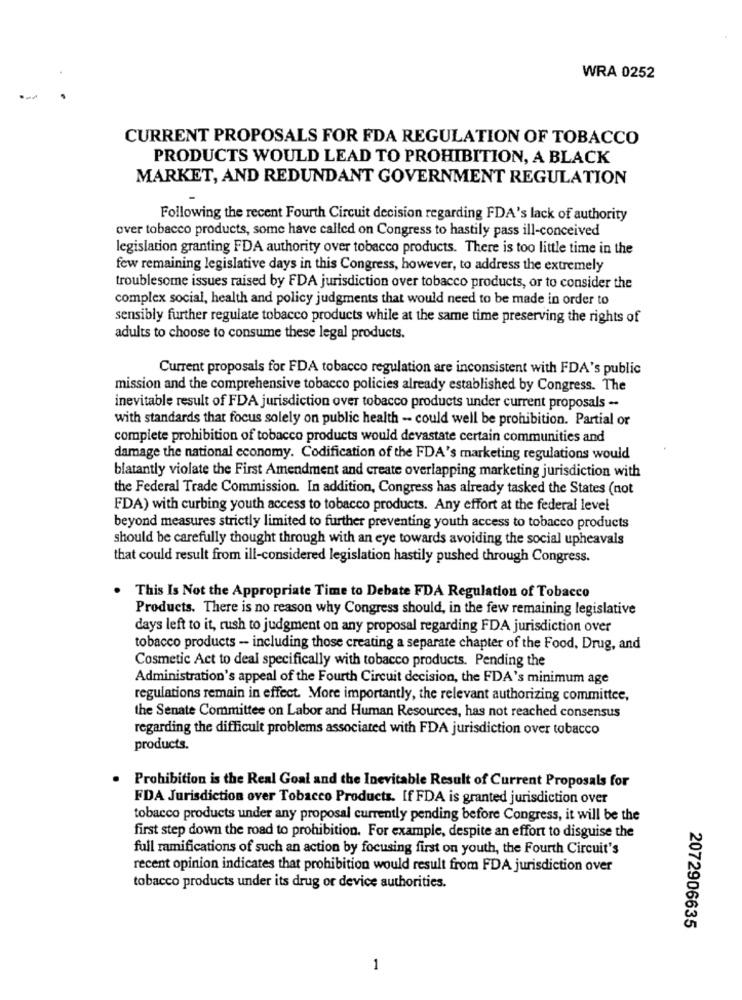
WRA 0252
CURRENT PROPOSALS FOR FDA REGULATION OF TOBACCO
PRODUCTS WOULD LEAD TO PROHIBITION, A BLACK
MARKET, AND REDUNDANT GOVERNMENT REGULATION
Following the recent Fourth Circuit decision regarding FDA's lack of authority
over tobacco products, some have called on Congress to hastily pass ill-conceived
legislation granting FDA authority over tobacco products. There is too little time in the
few remaining legislative days in this Congress, however, to address the extremely
troublesome issues raised by FDA jurisdiction over tobacco products, or to consider the
complex social, health and policy judgments that would need to be made in order to
sensibly further regulate tobacco products while at the same time preserving the rights of
adults to choose to consume these legal products.
Current proposals for FDA tobacco regulation are inconsistent with FDA's public
mission and the comprehensive tobacco policies already established by Congress. The
inevitable result of FDA jurisdiction over tobacco products under current proposals -
with standards that focus solely on public health - could well be prohibition. Partial or
complete prohibition of tobacco products would devastate certain communities and
damage the national economy. Codification of the FDA's marketing regulations would
blatantly violate the First Amendment and create overlapping marketing jurisdiction with
the Federal Trade Commission. In addition, Congress has already tasked the States (not
FDA) with curbing youth access to tobacco products. Any effort at the federal level
beyond measures strictly limited to further preventing youth access to tobacco products
should be carefully thought through with an eye towards avoiding the social upheavals
that could result from ill-considered legislation hastily pushed through Congress.
This Is Not the Appropriate Time to Debate FDA Regulation of Tobacco
Products. There is no reason why Congress should, in the few remaining legislative
days left to it, rush to judgment on any proposal regarding FDA jurisdiction over
tobacco products - including those creating a separate chapter of the Food, Drug, and
Cosmetic Act to deal specifically with tobacco products. Pending the
Administration's appeal of the Fourth Circuit decision, the FDA's minimum age
regulations remain in effect. More importantly, the relevant authorizing committee,
the Senate Committee on Labor and Human Resources, has not reached consensus
regarding the difficult problems associated with FDA jurisdiction over tobacco
products.
Prohibition is the Real Goal and the Inevitable Result of Current Proposals for
FDA Jurisdiction over Tobacco Products. If FDA is granted jurisdiction over
tobacco products under any proposal currently pending before Congress, it will be the
first step down the road to prohibition. For example, despite an effort to disguise the
full ramifications of such an action by focusing first on youth, the Fourth Circuit's
recent opinion indicates that prohibition would result from FDA jurisdiction over
tobacco products under its drug or device authorities.
2072906635
1